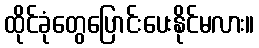
ထိုင်ခုံတွေပြောင်းပေးနိုင်မလား။